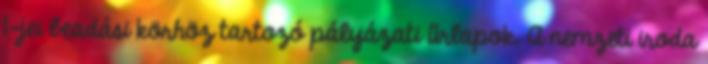
1-jei beadási körhöz tartozó pályázati űrlapok. A nemzeti iroda